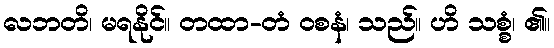
လဘတိ၊ မရနိုင်။ တထာ-တံ ဝစနံ၊ သည်။ ဟိ သစ္စံ၊ ၏။